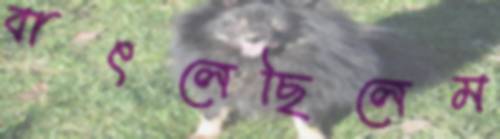
বাৎলেছিলেম